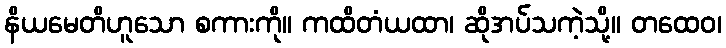
နိယမေတိဟူသော စကားကို။ ကထိတံယထာ၊ ဆိုအပ်သကဲ့သို့။ တထေဝ၊